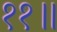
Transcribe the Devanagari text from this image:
११॥